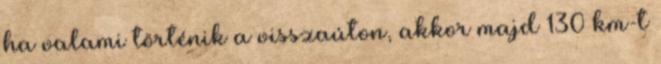
ha valami történik a visszaúton, akkor majd 130 km-t